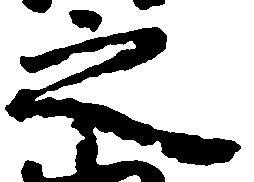
之